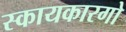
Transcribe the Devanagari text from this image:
स्कायकारगो